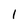
Character: 1